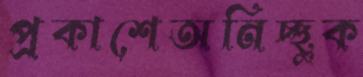
প্রকাশেঅনিচ্ছুক